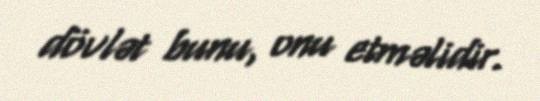
dövlət bunu, onu etməlidir.